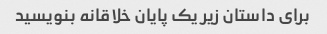
برای داستان زیر یک پایان خلاقانه بنویسید